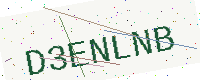
Text: D3ENLNB